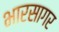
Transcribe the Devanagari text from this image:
भारसागर